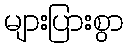
များပြားစွာ